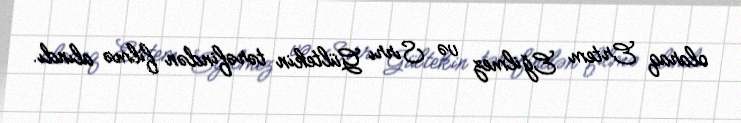
olaraq Ertem Eğilmez və Sırrı Gültekin tərəfindən filmə alındı.